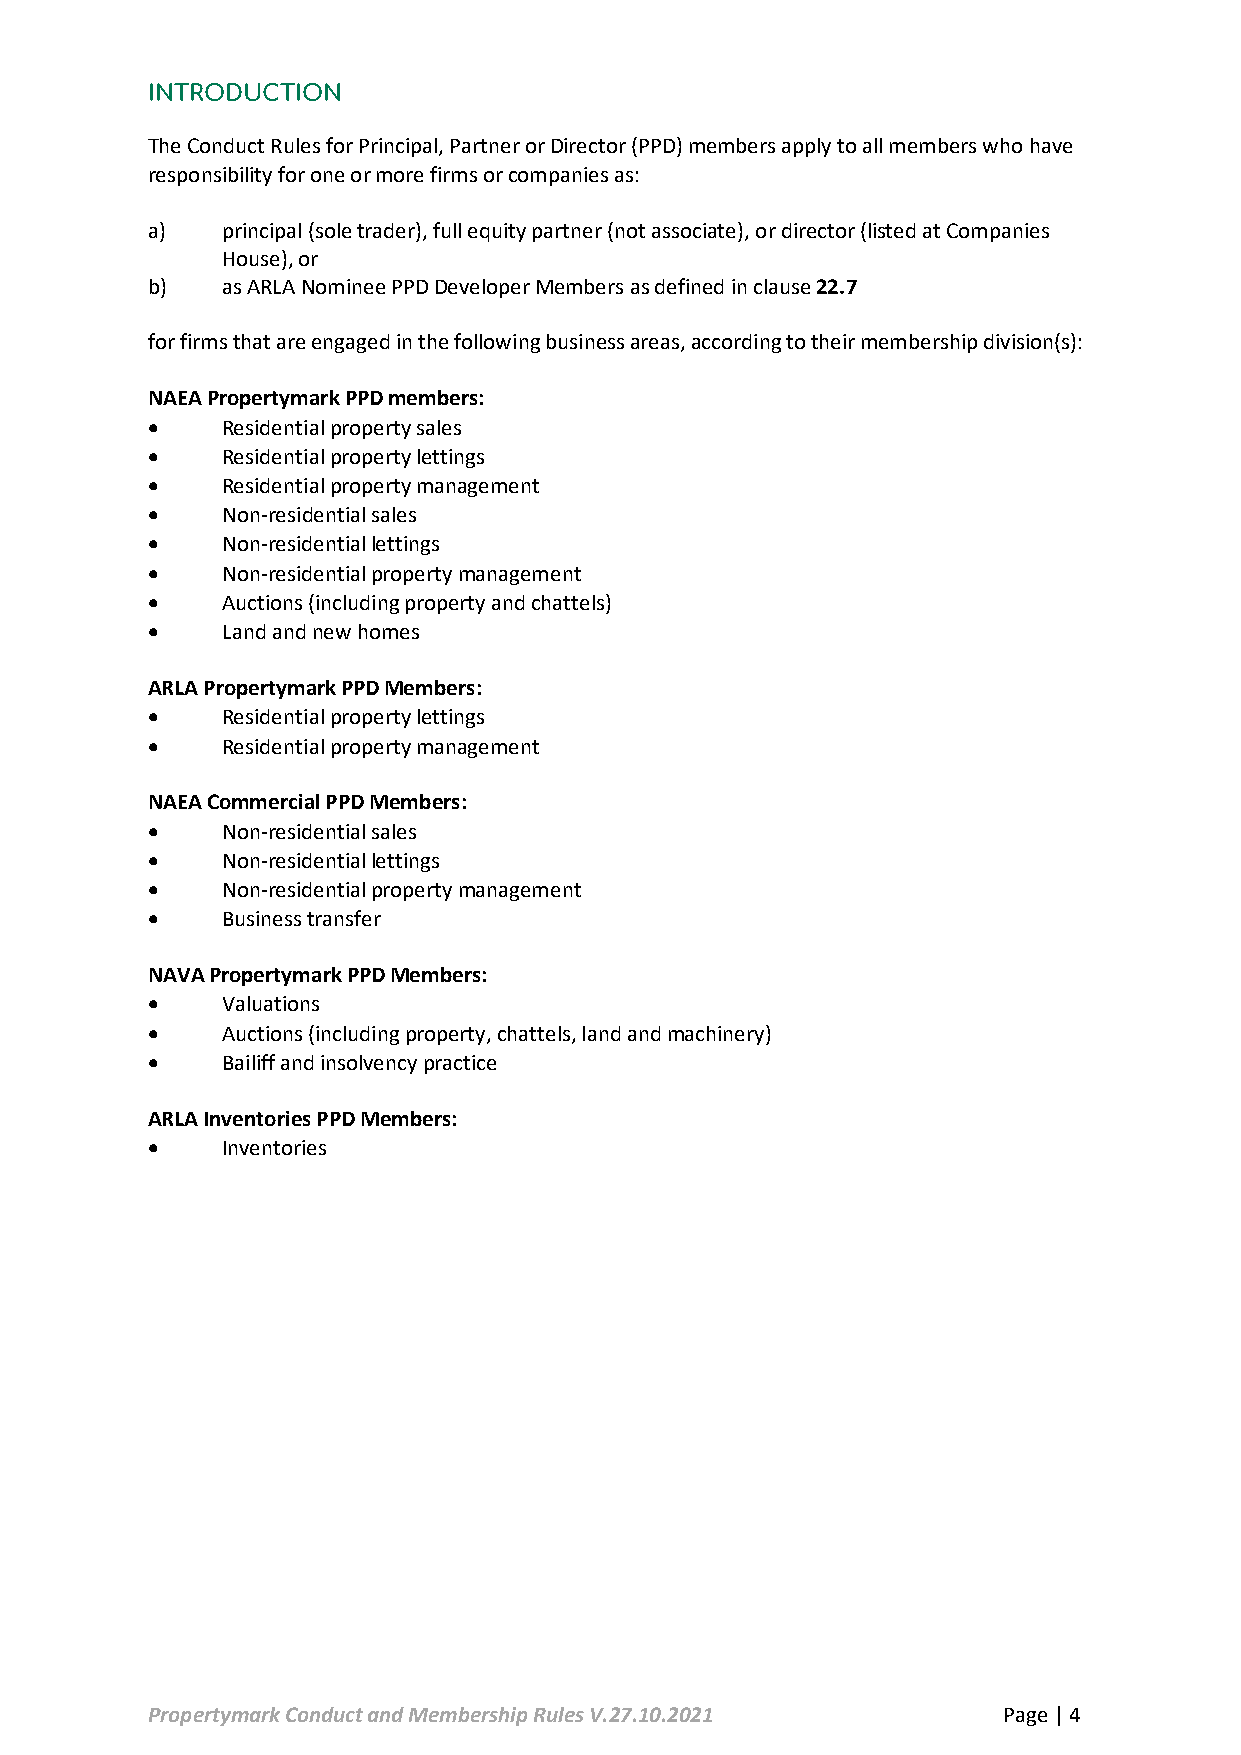
INTRODUCTION
 The Conduct Rules for Principal, Partner or Director (PPD) members apply to all members who have
 responsibility for one or more firms or companies as:
 a)   principal (sole trader), full equity partner (not associate), or director (listed at Companies
 House), or
 b)   as ARLA Nominee PPD Developer Members as defined in clause 22.7
 for firms that are engaged in the following business areas, according to their membership division(s):
 NAEA Propertymark PPD members:
 •    Residential property sales
 •    Residential property lettings
 •    Residential property management
 •    Non-residential sales
 •    Non-residential lettings
 •    Non-residential property management
 •    Auctions (including property and chattels)
 •    Land and new homes
 ARLA Propertymark PPD Members:
 •    Residential property lettings
 •    Residential property management
 NAEA Commercial PPD Members:
 •    Non-residential sales
 •    Non-residential lettings
 •    Non-residential property management
 •    Business transfer
 NAVA Propertymark PPD Members:
 •    Valuations
 •    Auctions (including property, chattels, land and machinery)
 •    Bailiff and insolvency practice
 ARLA Inventories PPD Members:
 •    Inventories
 Propertymark Conduct and Membership Rules V.27.10.2021  Page | 4